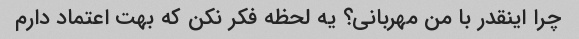
چرا اینقدر با من مهربانی؟ یه لحظه فکر نکن که بهت اعتماد دارم